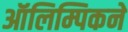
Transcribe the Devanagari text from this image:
ऑलिम्पिकने